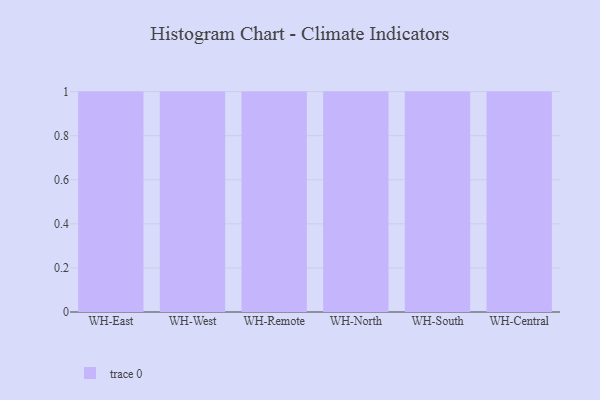
{"axis": {"x": "Warehouse", "y": "Page Views"}, "legend": [""], "data": [{"x": "WH-East", "y": 76, "type": ""}, {"x": "WH-West", "y": 47, "type": ""}, {"x": "WH-Remote", "y": 11, "type": ""}, {"x": "WH-North", "y": 51, "type": ""}, {"x": "WH-South", "y": 47, "type": ""}, {"x": "WH-Central", "y": 19, "type": ""}]}